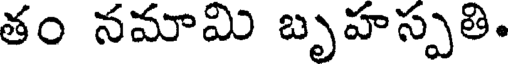
తం నమామి బృహస్పతి.